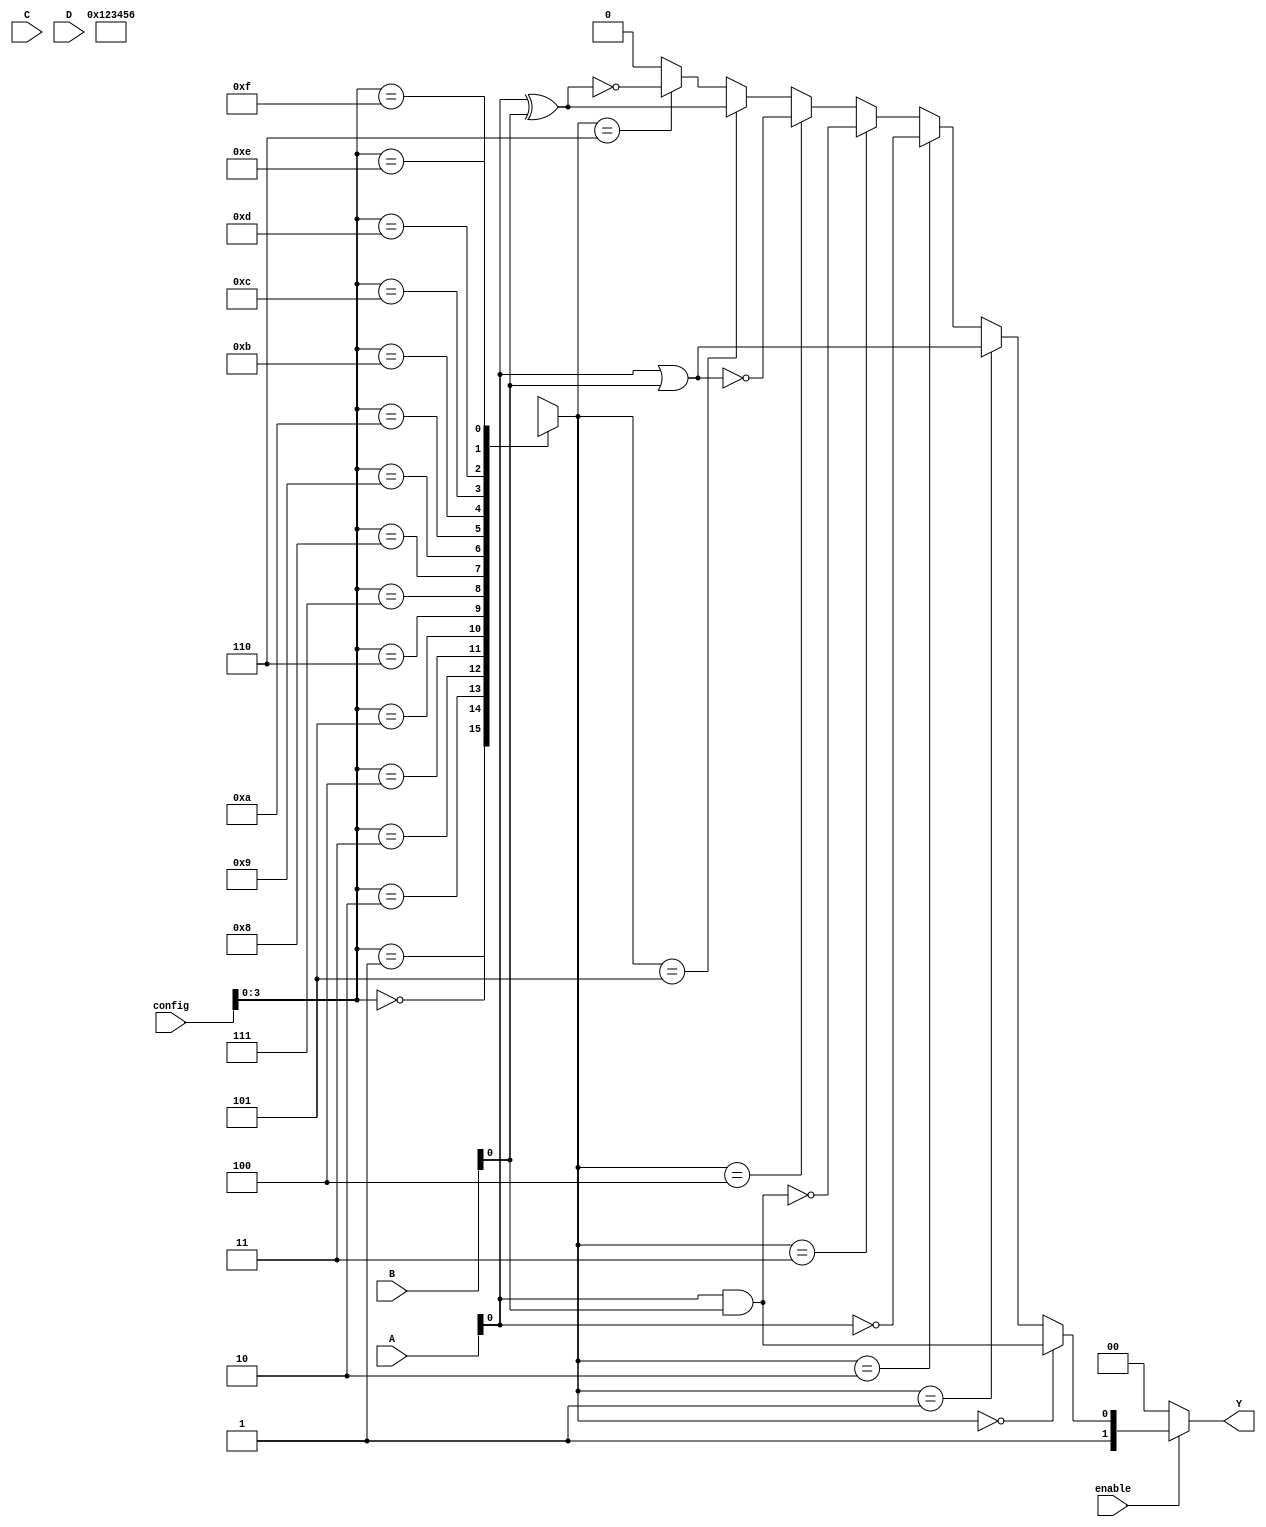
module CLB (
    input wire [3:0] A,        // 4 input signals
    input wire [3:0] B,        // 4 input signals
    input wire [3:0] C,        // 4 input signals
    input wire [3:0] D,        // 4 input signals
    input wire [7:0] config,   // Configuration bits for logic functions
    input wire enable,          // Enable signal
    output wire [1:0] Y        // 2 output signals
);

// Internal signals
wire [3:0] mux_out;          // MUX output
wire [3:0] sram_out;         // SRAM output

// SRAM array (for simplicity, using a register array)
reg [3:0] sram [0:15];       // 16 SRAM cells, each 4 bits wide

// Load configuration into SRAM (for simulation purposes)
always @(*) begin
    sram[0] = 4'b0000; // AND
    sram[1] = 4'b0001; // OR
    sram[2] = 4'b0010; // NOT
    sram[3] = 4'b0011; // NAND
    sram[4] = 4'b0100; // NOR
    sram[5] = 4'b0101; // XOR
    sram[6] = 4'b0110; // XNOR
    // Additional configurations can be added here
end

// MUX logic to select the appropriate logic function based on SRAM output
assign sram_out = sram[config]; // Select SRAM output based on config bits

// Logic functions based on SRAM output
assign mux_out[0] = (sram_out == 4'b0000) ? (A & B) : // AND
                    (sram_out == 4'b0001) ? (A | B) : // OR
                    (sram_out == 4'b0010) ? (~A) : // NOT
                    (sram_out == 4'b0011) ? ~(A & B) : // NAND
                    (sram_out == 4'b0100) ? ~(A | B) : // NOR
                    (sram_out == 4'b0101) ? (A ^ B) : // XOR
                    (sram_out == 4'b0110) ? ~(A ^ B) : // XNOR
                    4'b0000; // Default case

// Output logic based on enable signal
assign Y = enable ? mux_out[1:0] : 2'b00; // Output based on enable

endmodule